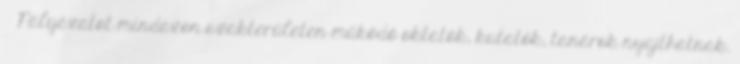
 Pályázatot mindazon szakterületen működő oktatók, kutatók, tanárok nyújthatnak.